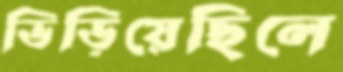
ভিড়িয়েছিলে